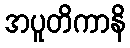
အပူတိကာနိ